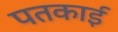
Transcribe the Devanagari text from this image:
पतकाई